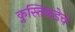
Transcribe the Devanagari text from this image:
कुस्तिकडेच